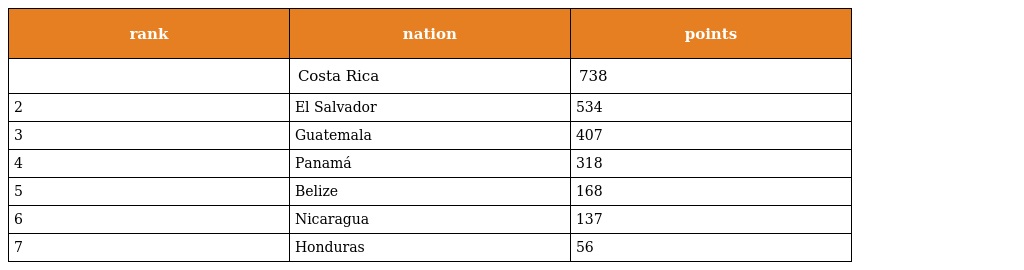
| rank | nation | points |
 | --- | --- | --- |
 |  | Costa Rica | 738 |
 | 2 | El Salvador | 534 |
 | 3 | Guatemala | 407 |
 | 4 | Panamá | 318 |
 | 5 | Belize | 168 |
 | 6 | Nicaragua | 137 |
 | 7 | Honduras | 56 |